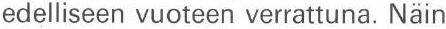
edelliseen vuoteen verrattuna. Näin